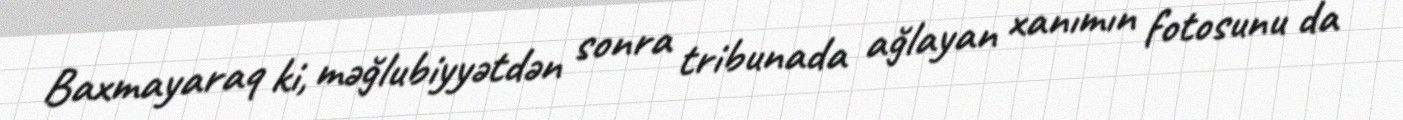
Baxmayaraq ki, məğlubiyyətdən sonra tribunada ağlayan xanımın fotosunu da